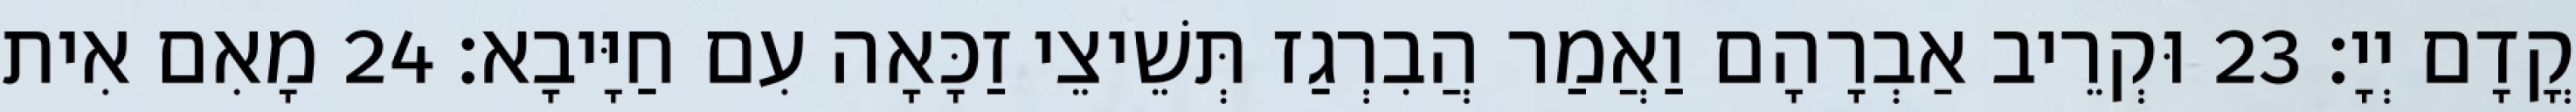
קֳדָם יְיָ׃ 23 וּקְרֵיב אַבְרָהָם וַאֲמַר הֲבִרְגַז תְּשֵׁיצֵי זַכָּאָה עִם חַיָּיבָא׃ 24 מָאִם אִית